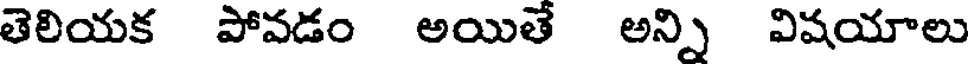
తెలియక పోవడం అయితే అన్ని విషయాలు